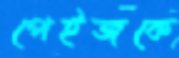
পেইজকে